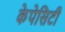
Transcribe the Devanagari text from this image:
केपेसिटी